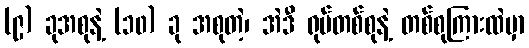
(၉) ခုအစုနဲ့ (၁၀) ခု အစုတဲ့၊ အဲဒီ ရုပ်တစ်စုနဲ့ တစ်စုကြားထဲမှာ